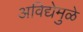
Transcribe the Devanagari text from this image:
अविद्येमुळे